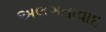
અલગતાવાદ